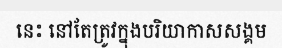
នេះ នៅតែត្រូវក្នុងបរិយាកាសសង្គម